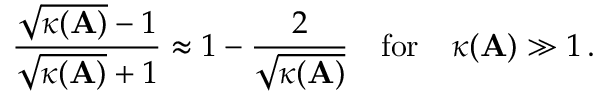
{ \frac { { \sqrt { \kappa ( \mathbf { A } ) } } - 1 } { { \sqrt { \kappa ( \mathbf { A } ) } } + 1 } } \approx 1 - { \frac { 2 } { \sqrt { \kappa ( \mathbf { A } ) } } } \quad { \mathrm { f o r } } \quad \kappa ( \mathbf { A } ) \gg 1 \, .